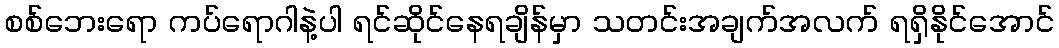
စစ်ဘေးရော ကပ်ရောဂါနဲ့ပါ ရင်ဆိုင်နေရချိန်မှာ သတင်းအချက်အလက် ရရှိနိုင်အောင်